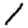
Digit: 1